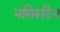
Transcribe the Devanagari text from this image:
नसिरुद्दिन